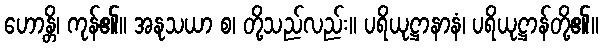
ဟောန္တိ၊ ကုန်၏။ အနုသယာ စ၊ တို့သည်လည်း။ ပရိယုဋ္ဌာနာနံ၊ ပရိယုဋ္ဌာန်တို့၏။